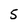
Character: 5